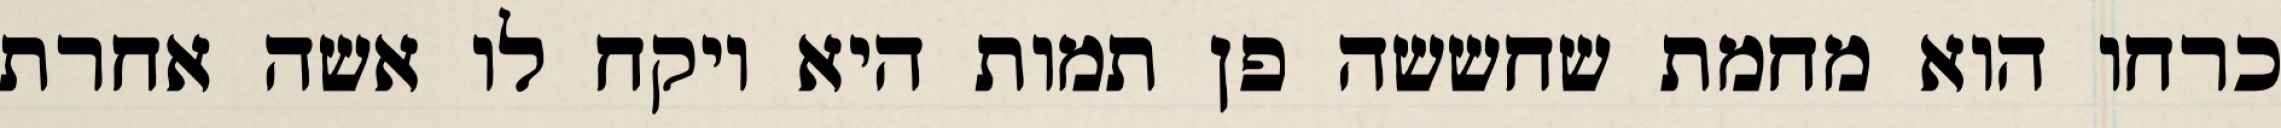
כרחו הוא מחמת שחששה פן תמות היא ויקח לו אשה אחרת